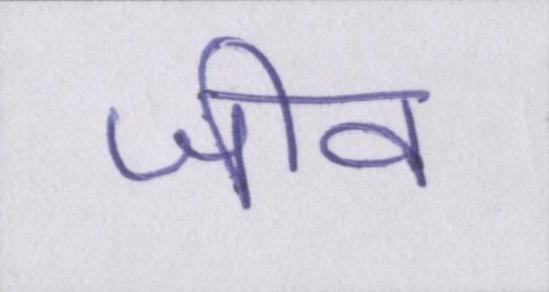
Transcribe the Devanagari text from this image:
जीव